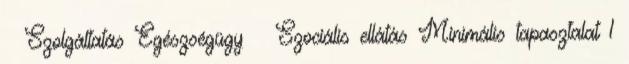
Szolgáltatás Egészségügy Szociális ellátás Minimális tapasztalat 1